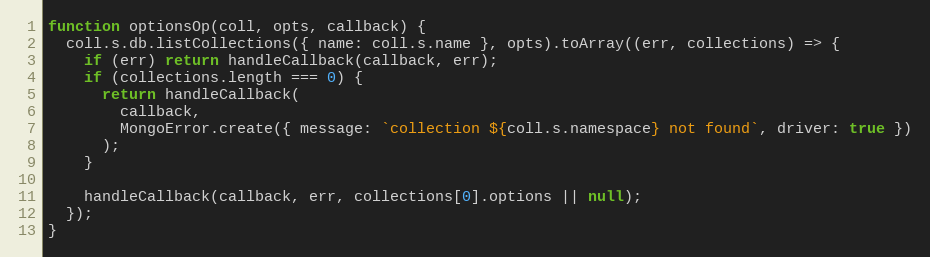
Language: JavaScript
function optionsOp(coll, opts, callback) {
  coll.s.db.listCollections({ name: coll.s.name }, opts).toArray((err, collections) => {
    if (err) return handleCallback(callback, err);
    if (collections.length === 0) {
      return handleCallback(
        callback,
        MongoError.create({ message: `collection ${coll.s.namespace} not found`, driver: true })
      );
    }

    handleCallback(callback, err, collections[0].options || null);
  });
}